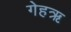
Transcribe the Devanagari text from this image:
गेहऋ